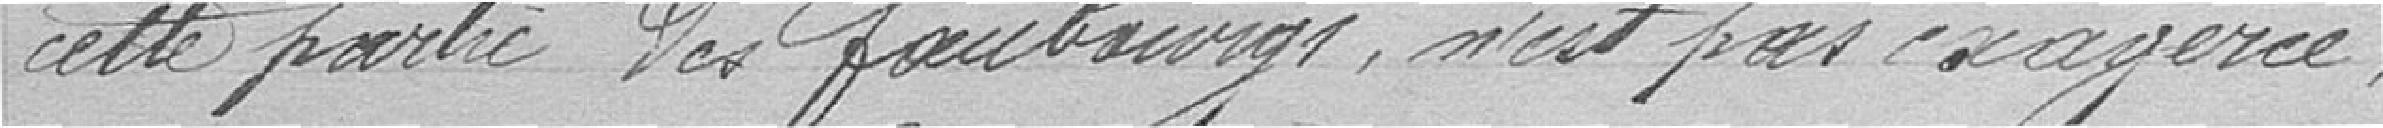
cette partie des faubourg, n'est pas exagérée.